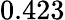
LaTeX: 0.423